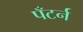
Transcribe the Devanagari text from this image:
पँटर्न